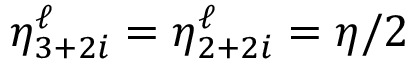
\eta _ { 3 + 2 i } ^ { \ell } = \eta _ { 2 + 2 i } ^ { \ell } = \eta / 2